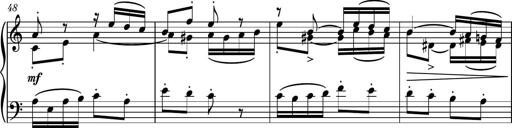
Title: Piano Sonatina No.7
Composer: Dimitri Sykias
Key: G major